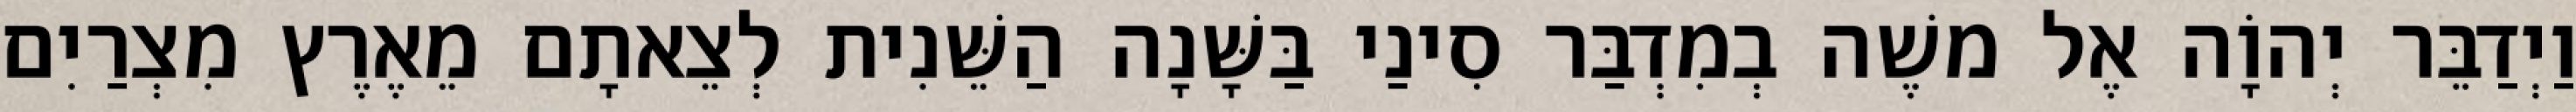
וַיְדַבֵּר יְהוָֹה אֶל משֶׁה בְמִדְבַּר סִינַי בַּשָּׁנָה הַשֵּׁנִית לְצֵאתָם מֵאֶרֶץ מִצְרַיִם